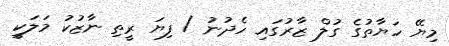
މިޔޭ ހަޔާތުގެ ގުލް ޒާރުގައި ހެދުނު / ފިޔަ ރީތި ނާޒުކު މަލަކީ